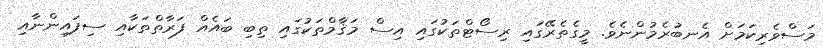
މަސްވެރިކަމަށް އެނބުރެމުންނެވެ. މީގެތެރޭގައި ރިސޯޓްތަކުގައި އިސް މަޤާމްތަކުގައި ތިބި ބައެއް ފަރާތްތަކާއި ސިފައިންނާއި